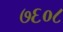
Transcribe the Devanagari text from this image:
७६०८